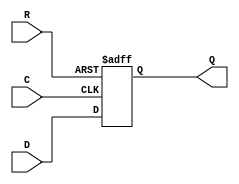
module SB_DFFNR (output Q, input C, R, D);
	reg Q = 0;
	always @(negedge C, posedge R)
		if (R)
			Q <= 0;
		else
			Q <= D;
endmodule